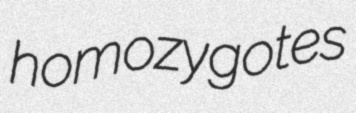
homozygotes